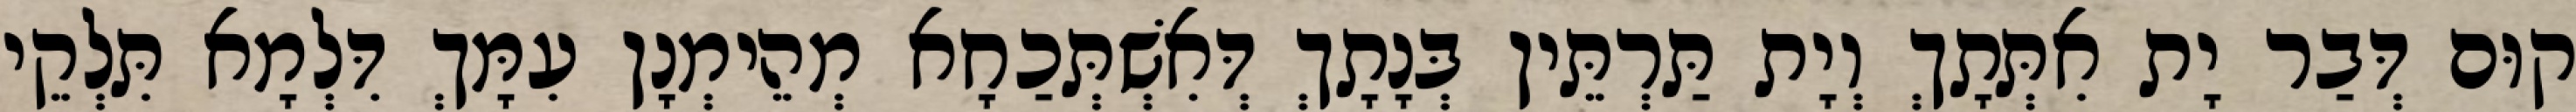
קוּם דְּבַר יָת אִתְּתָךְ וְיָת תַּרְתֵּין בְּנָתָךְ דְּאִשְׁתְּכַחָא מְהֵימְנָן עִמָּךְ דִּלְמָא תִּלְקֵי